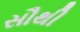
સૌથી